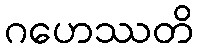
ဂဟေဿတိ